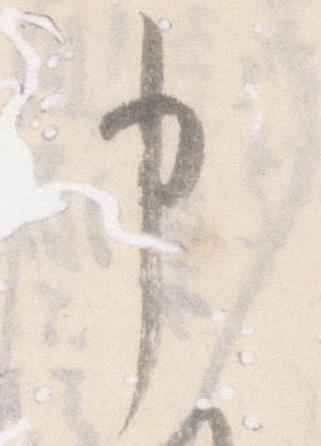
申